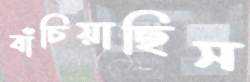
বাঁচিয়াছিস